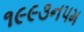
૧૯૯૩નપમ